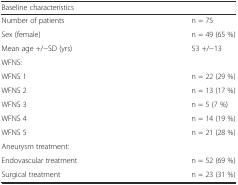
<table><thead><tr><td><b>Baseline characteristics</b></td><td></td></tr></thead><tbody><tr><td>Number of patients</td><td>n = 75</td></tr><tr><td>Sex (female)</td><td>n = 49 (65 %)</td></tr><tr><td>Mean age +/−SD (yrs)</td><td>53 +/−13</td></tr><tr><td>WFNS:</td><td></td></tr><tr><td>WFNS 1</td><td>n = 22 (29 %)</td></tr><tr><td>WFNS 2</td><td>n = 13 (17 %)</td></tr><tr><td>WFNS 3</td><td>n = 5 (7 %)</td></tr><tr><td>WFNS 4</td><td>n = 14 (19 %)</td></tr><tr><td>WFNS 5</td><td>n = 21 (28 %)</td></tr><tr><td>Aneurysm treatment:</td><td></td></tr><tr><td>Endovascular treatment</td><td>n = 52 (69 %)</td></tr><tr><td>Surgical treatment</td><td>n = 23 (31 %)</td></tr></tbody></table>